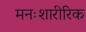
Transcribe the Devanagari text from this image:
मनःशारीरिक